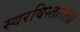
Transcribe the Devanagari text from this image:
स्वरविस्ताराला